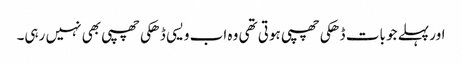
اور پہلے جو بات ڈھکی چھپی ہوتی تھی وہ اب ویسی ڈھکی چھپی بھی نہیں رہی۔